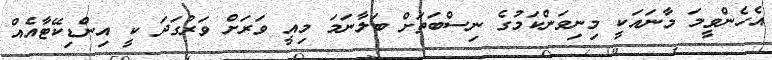
އެހެންވީމަ މާނައަކީ މިނިވަންކަމުގެ ނިސްބަތަށް ބަލާނަމަ މިއީ ވަރަށް ވަރުގަދަ ކީ އިންޑިކޭޓާއެއް